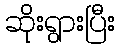
ဆိုးရွားပြီး